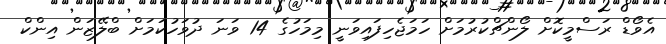
އެވޯޑް ރަސްމީކޮށް ލޯންޗްކުރުމަށް ހަމަޖެހިފައިވަނީ މިމަހުގެ 14 ވަނަ ދުވަހުކަމަށް ބްލޭޒަން އިންކް